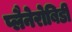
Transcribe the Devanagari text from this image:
प्लैनेरोबिडी